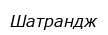
Шатрандж